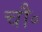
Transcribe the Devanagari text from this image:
चौ॰